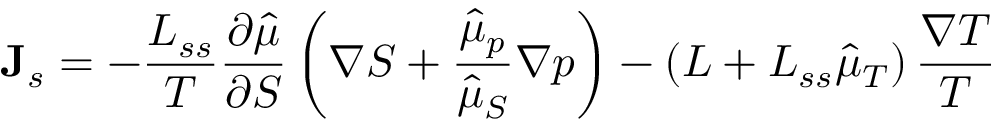
{ \bf J } _ { s } = - \frac { L _ { s s } } { T } \frac { \partial \hat { \mu } } { \partial S } \left( \nabla S + \frac { \hat { \mu } _ { p } } { \hat { \mu } _ { S } } \nabla p \right) - \left( L + L _ { s s } \hat { \mu } _ { T } \right) \frac { \nabla T } { T }